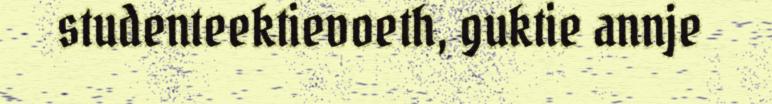
studenteektievoeth, guktie annje